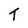
Character: T